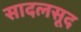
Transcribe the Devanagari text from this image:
सादलसूद